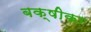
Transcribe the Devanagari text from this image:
बक्षीका